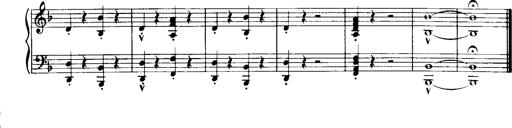
Title: Historische ungarische Bildnisse
Composer: Franz Liszt